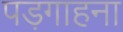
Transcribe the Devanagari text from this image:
पड़गाहना